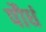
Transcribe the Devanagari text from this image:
पौधं